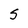
Character: S